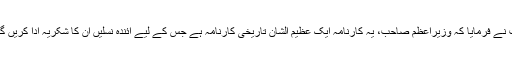
آپ نے فرمایا کہ وزیراعظم صاحب، یہ کارنامہ ایک عظیم الشان تاریخی کارنامہ ہے جس کے لیے آئندہ نسلیں ان کا شکریہ ادا کریں گی۔